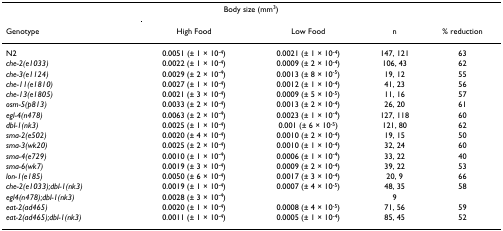
<table><thead><tr><td>[EMPTY_CELL]</td><td colspan="2"><b>Body size (mm<sup>3</sup>)</b></td><td>[EMPTY_CELL]</td><td>[EMPTY_CELL]</td></tr><tr><td><b>Genotype</b></td><td><b>High Food</b></td><td><b>Low Food</b></td><td><b>n</b></td><td><b>% reduction</b></td></tr></thead><tbody><tr><td>N2</td><td>0.0051 (± 1 × 10<sup>-4</sup>)</td><td>0.0021 (± 1 × 10<sup>-4</sup>)</td><td>147, 121</td><td>63</td></tr><tr><td><i>che-2(e1033)</i></td><td>0.0022 (± 1 × 10<sup>-4</sup>)</td><td>0.0009 (± 2 × 10<sup>-4</sup>)</td><td>106, 43</td><td>62</td></tr><tr><td><i>che-3(e1124)</i></td><td>0.0029 (± 2 × 10<sup>-4</sup>)</td><td>0.0013 (± 8 × 10<sup>-5</sup>)</td><td>19, 12</td><td>55</td></tr><tr><td><i>che-11(e1810)</i></td><td>0.0027 (± 1 × 10<sup>-4</sup>)</td><td>0.0012 (± 1 × 10<sup>-4</sup>)</td><td>41, 23</td><td>56</td></tr><tr><td><i>che-13(e1805)</i></td><td>0.0021 (± 3 × 10<sup>-4</sup>)</td><td>0.0009 (± 5 × 10<sup>-5</sup>)</td><td>11, 16</td><td>57</td></tr><tr><td><i>osm-5(p813)</i></td><td>0.0033 (± 2 × 10<sup>-4</sup>)</td><td>0.0013 (± 2 × 10<sup>-4</sup>)</td><td>26, 20</td><td>61</td></tr><tr><td><i>egl-4(n478)</i></td><td>0.0063 (± 2 × 10<sup>-4</sup>)</td><td>0.0023 (± 1 × 10<sup>-4</sup>)</td><td>127, 118</td><td>60</td></tr><tr><td><i>dbl-1(nk3)</i></td><td>0.0025 (± 1 × 10<sup>-4</sup>)</td><td>0.001 (± 6 × 10<sup>-5</sup>)</td><td>121, 80</td><td>62</td></tr><tr><td><i>sma-2(e502)</i></td><td>0.0020 (± 4 × 10<sup>-4</sup>)</td><td>0.0010 (± 2 × 10<sup>-4</sup>)</td><td>19, 15</td><td>50</td></tr><tr><td><i>sma-3(wk20)</i></td><td>0.0025 (± 2 × 10<sup>-4</sup>)</td><td>0.0010 (± 1 × 10<sup>-4</sup>)</td><td>32, 24</td><td>60</td></tr><tr><td><i>sma-4(e729)</i></td><td>0.0010 (± 1 × 10<sup>-4</sup>)</td><td>0.0006 (± 1 × 10<sup>-4</sup>)</td><td>33, 22</td><td>40</td></tr><tr><td><i>sma-6(wk7)</i></td><td>0.0019 (± 3 × 10<sup>-4</sup>)</td><td>0.0009 (± 2 × 10<sup>-4</sup>)</td><td>39, 22</td><td>53</td></tr><tr><td><i>lon-1(e185)</i></td><td>0.0050 (± 6 × 10<sup>-4</sup>)</td><td>0.0017 (± 3 × 10<sup>-4</sup>)</td><td>20, 9</td><td>66</td></tr><tr><td><i>che-2(e1033);dbl-1(nk3)</i></td><td>0.0019 (± 1 × 10<sup>-4</sup>)</td><td>0.0007 (± 4 × 10<sup>-5</sup>)</td><td>48, 35</td><td>58</td></tr><tr><td><i>egl4(n478);dbl-1(nk3)</i></td><td>0.0028 (± 3 × 10<sup>-4</sup>)</td><td>[EMPTY_CELL]</td><td>9</td><td>[EMPTY_CELL]</td></tr><tr><td><i>eat-2(ad465)</i></td><td>0.0020 (± 1 × 10<sup>-4</sup>)</td><td>0.0008 (± 4 × 10<sup>-5</sup>)</td><td>71, 56</td><td>59</td></tr><tr><td><i>eat-2(ad465);dbl-1(nk3)</i></td><td>0.0011 (± 1 × 10<sup>-4</sup>)</td><td>0.0005 (± 1 × 10<sup>-4</sup>)</td><td>85, 45</td><td>52</td></tr></tbody></table>